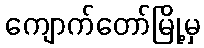
ကျောက်တော်မြို့မှ